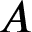
A